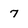
Character: 7